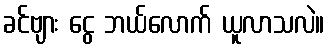
ခင်ဗျား ငွေ ဘယ်လောက် ယူလာသလဲ။